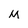
Character: M